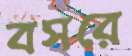
বসরে